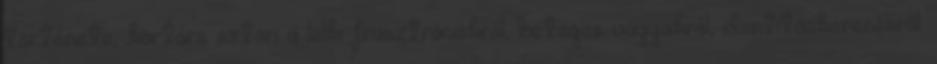
története, kortárs sztori a lelki frusztrációkról, beteges vágyakról, identitáskeresésről.